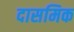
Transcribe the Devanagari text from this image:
दासमिक